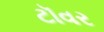
ટૉવર